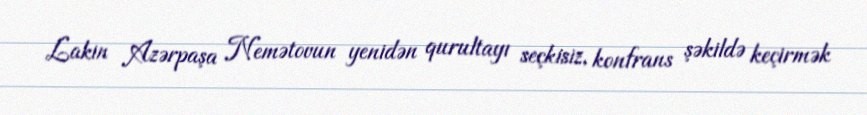
Lakin Azərpaşa Nemətovun yenidən qurultayı seçkisiz, konfrans şəkildə keçirmək